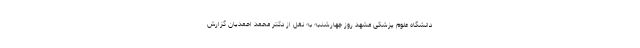
دانشگاه علوم پزشکی مشهد روز چهارشنبه به نقل از دکتر محمد احمدیان گزارش